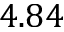
4 . 8 4